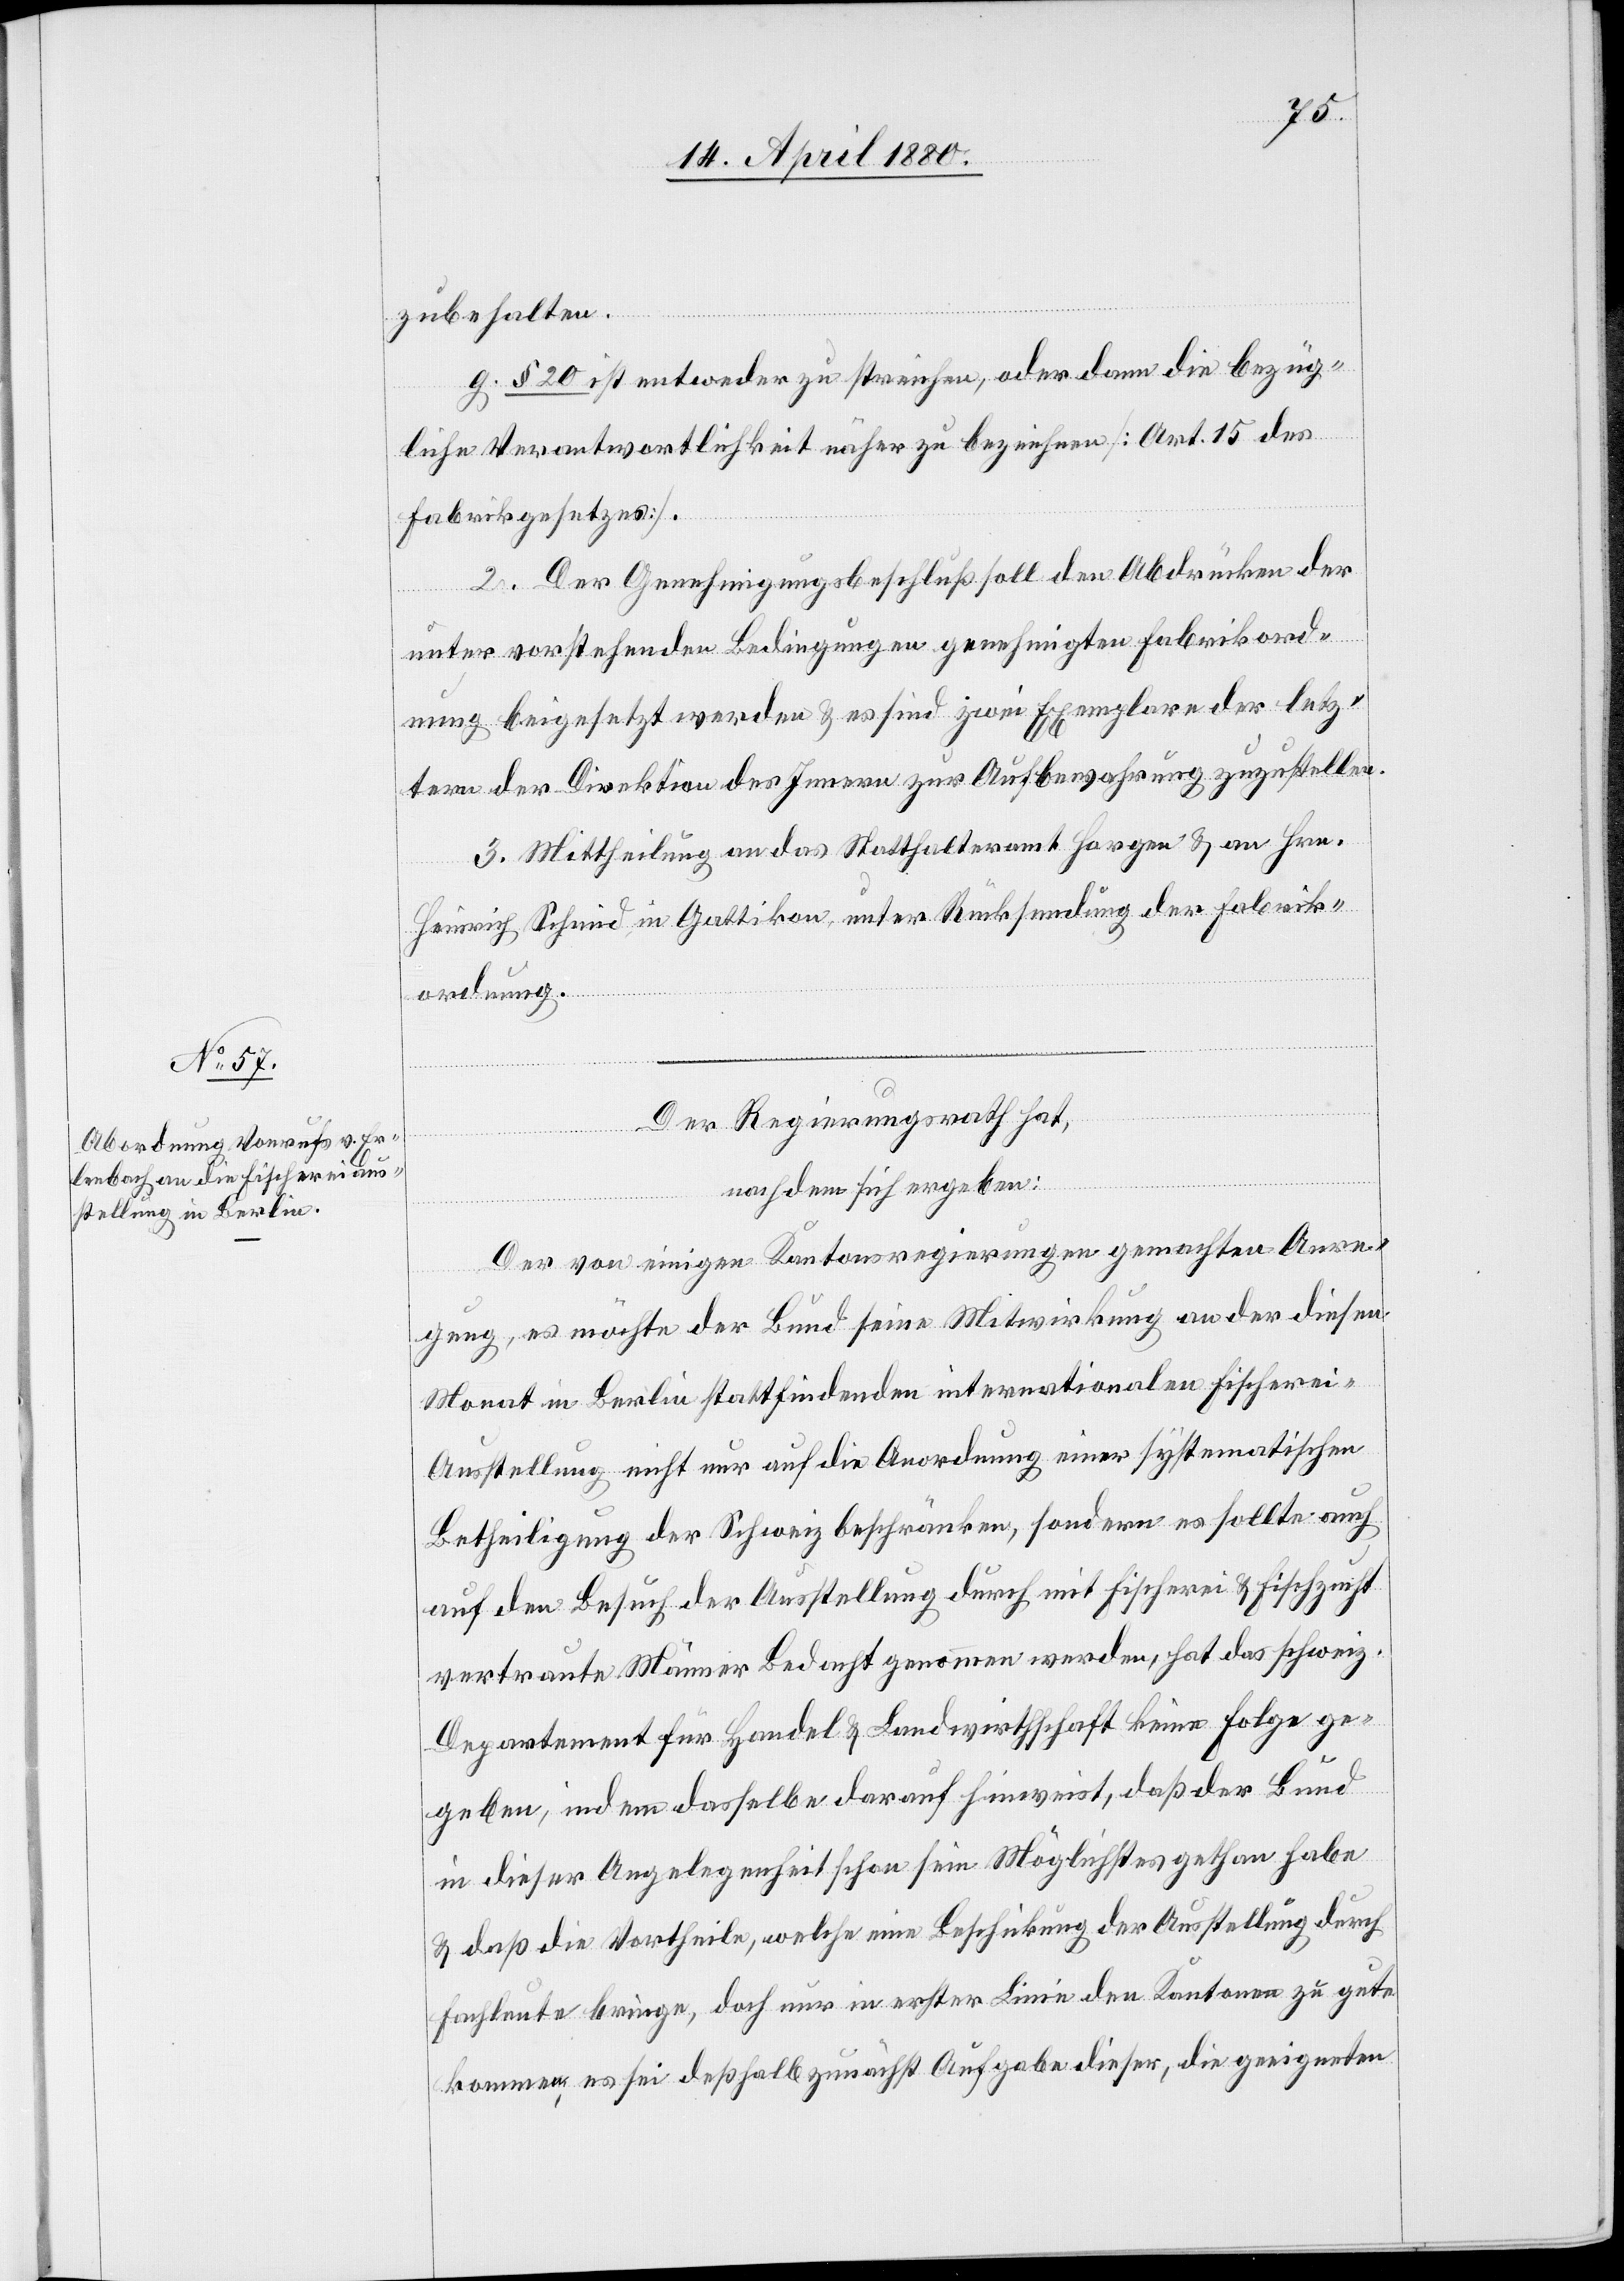
zubehalten.
g. § 20 ist entweder zu streichen, oder dann die bezüg¬
liche Verantwortlichkeit näher zu bezeichnen [Art. 15 des
Fabrikgesetzes].
2. Der Genehmigungsbeschluß soll den Abdrücken der
unter vorstehenden Bedingungen genehmigten Fabrikord¬
nung beigesetzt werden & es sind zwei Exemplare der letz¬
tern der Direktion des Innern zur Aufbewahrung zuzustellen.
3. Mittheilung an das Statthalteramt Horgen & an Hrn.
Heinrich Schmid in Gattikon, unter Rücksendung der Fabrik¬
ordnung.
Der Regierungsrath hat,
nachdem sich ergeben:
Der von einigen Kantonsregierungen gemachten Anre¬
gung, es möchte der Bund seine Mitwirkung an der diesen
Monat in Berlin stattfindenden internationalen Fischerei-A¬
usstellung nicht nur auf die Anordnung einer systematischen
Betheiligung der Schweiz beschränken, sondern es sollte auch
auf den Besuch der Ausstellung durch mit Fischerei & Fischzucht
vertraute Männer Bedacht genommen werden, hat das schweiz.
Departement für Handel & Landwirthschaft keine Folge ge¬
geben, indem dasselbe darauf hinweist, daß der Bund
in dieser Angelegenheit schon sein Möglichstes gethan habe
& daß die Vortheile, welche eine Beschickung der Ausstellung durch
Fachleute bringe, doch nur in erster Linie den Kantonen zu gute
komme, es sei deßhalb zunächst Aufgabe dieser, die geeigneten